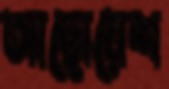
আছোয়েশ